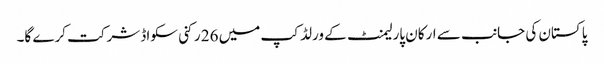
پاکستان کی جانب سے ارکان پارلیمنٹ کے ورلڈ کپ میں 26 رکنی سکواڈ شرکت کرے گا۔